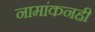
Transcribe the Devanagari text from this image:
नामांकनही